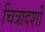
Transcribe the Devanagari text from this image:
चित्रादर्शों